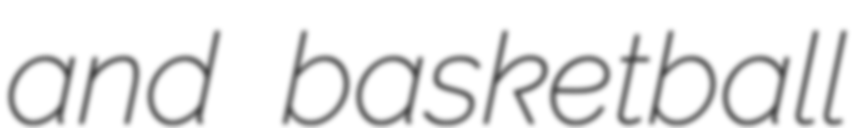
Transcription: and basketball